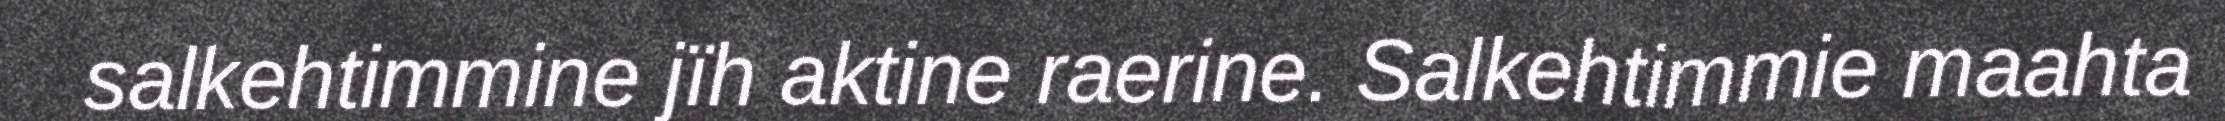
salkehtimmine jïh aktine raerine. Salkehtimmie maahta